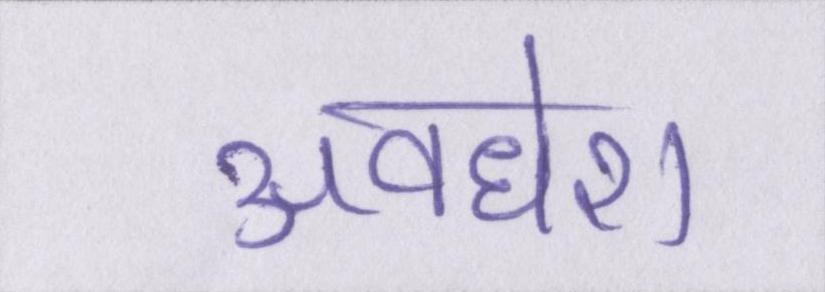
अवधेश